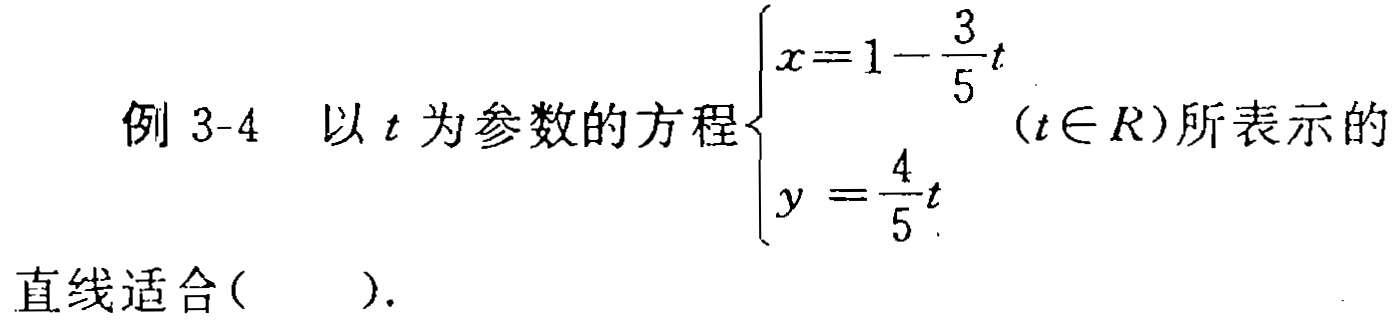
例 3-4 以 \(t\) 为参数的方程\(\begin{cases}x = 1 - \dfrac{3}{5}t\\y = \dfrac{4}{5}t\end{cases}(t\in R)\)所表示的直线适合( ).